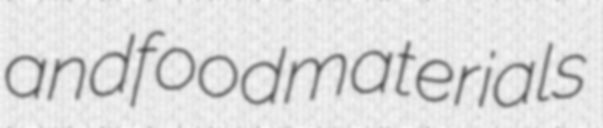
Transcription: and food materials